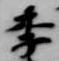
季